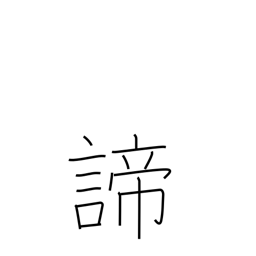
Meaning: truth